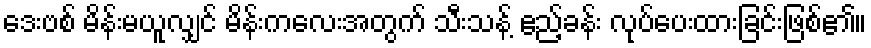
ဒေးဗစ် မိန်းမယူလျှင် မိန်းကလေးအတွက် သီးသန့် ဧည့်ခန်း လုပ်ပေးထားခြင်းဖြစ်၏။